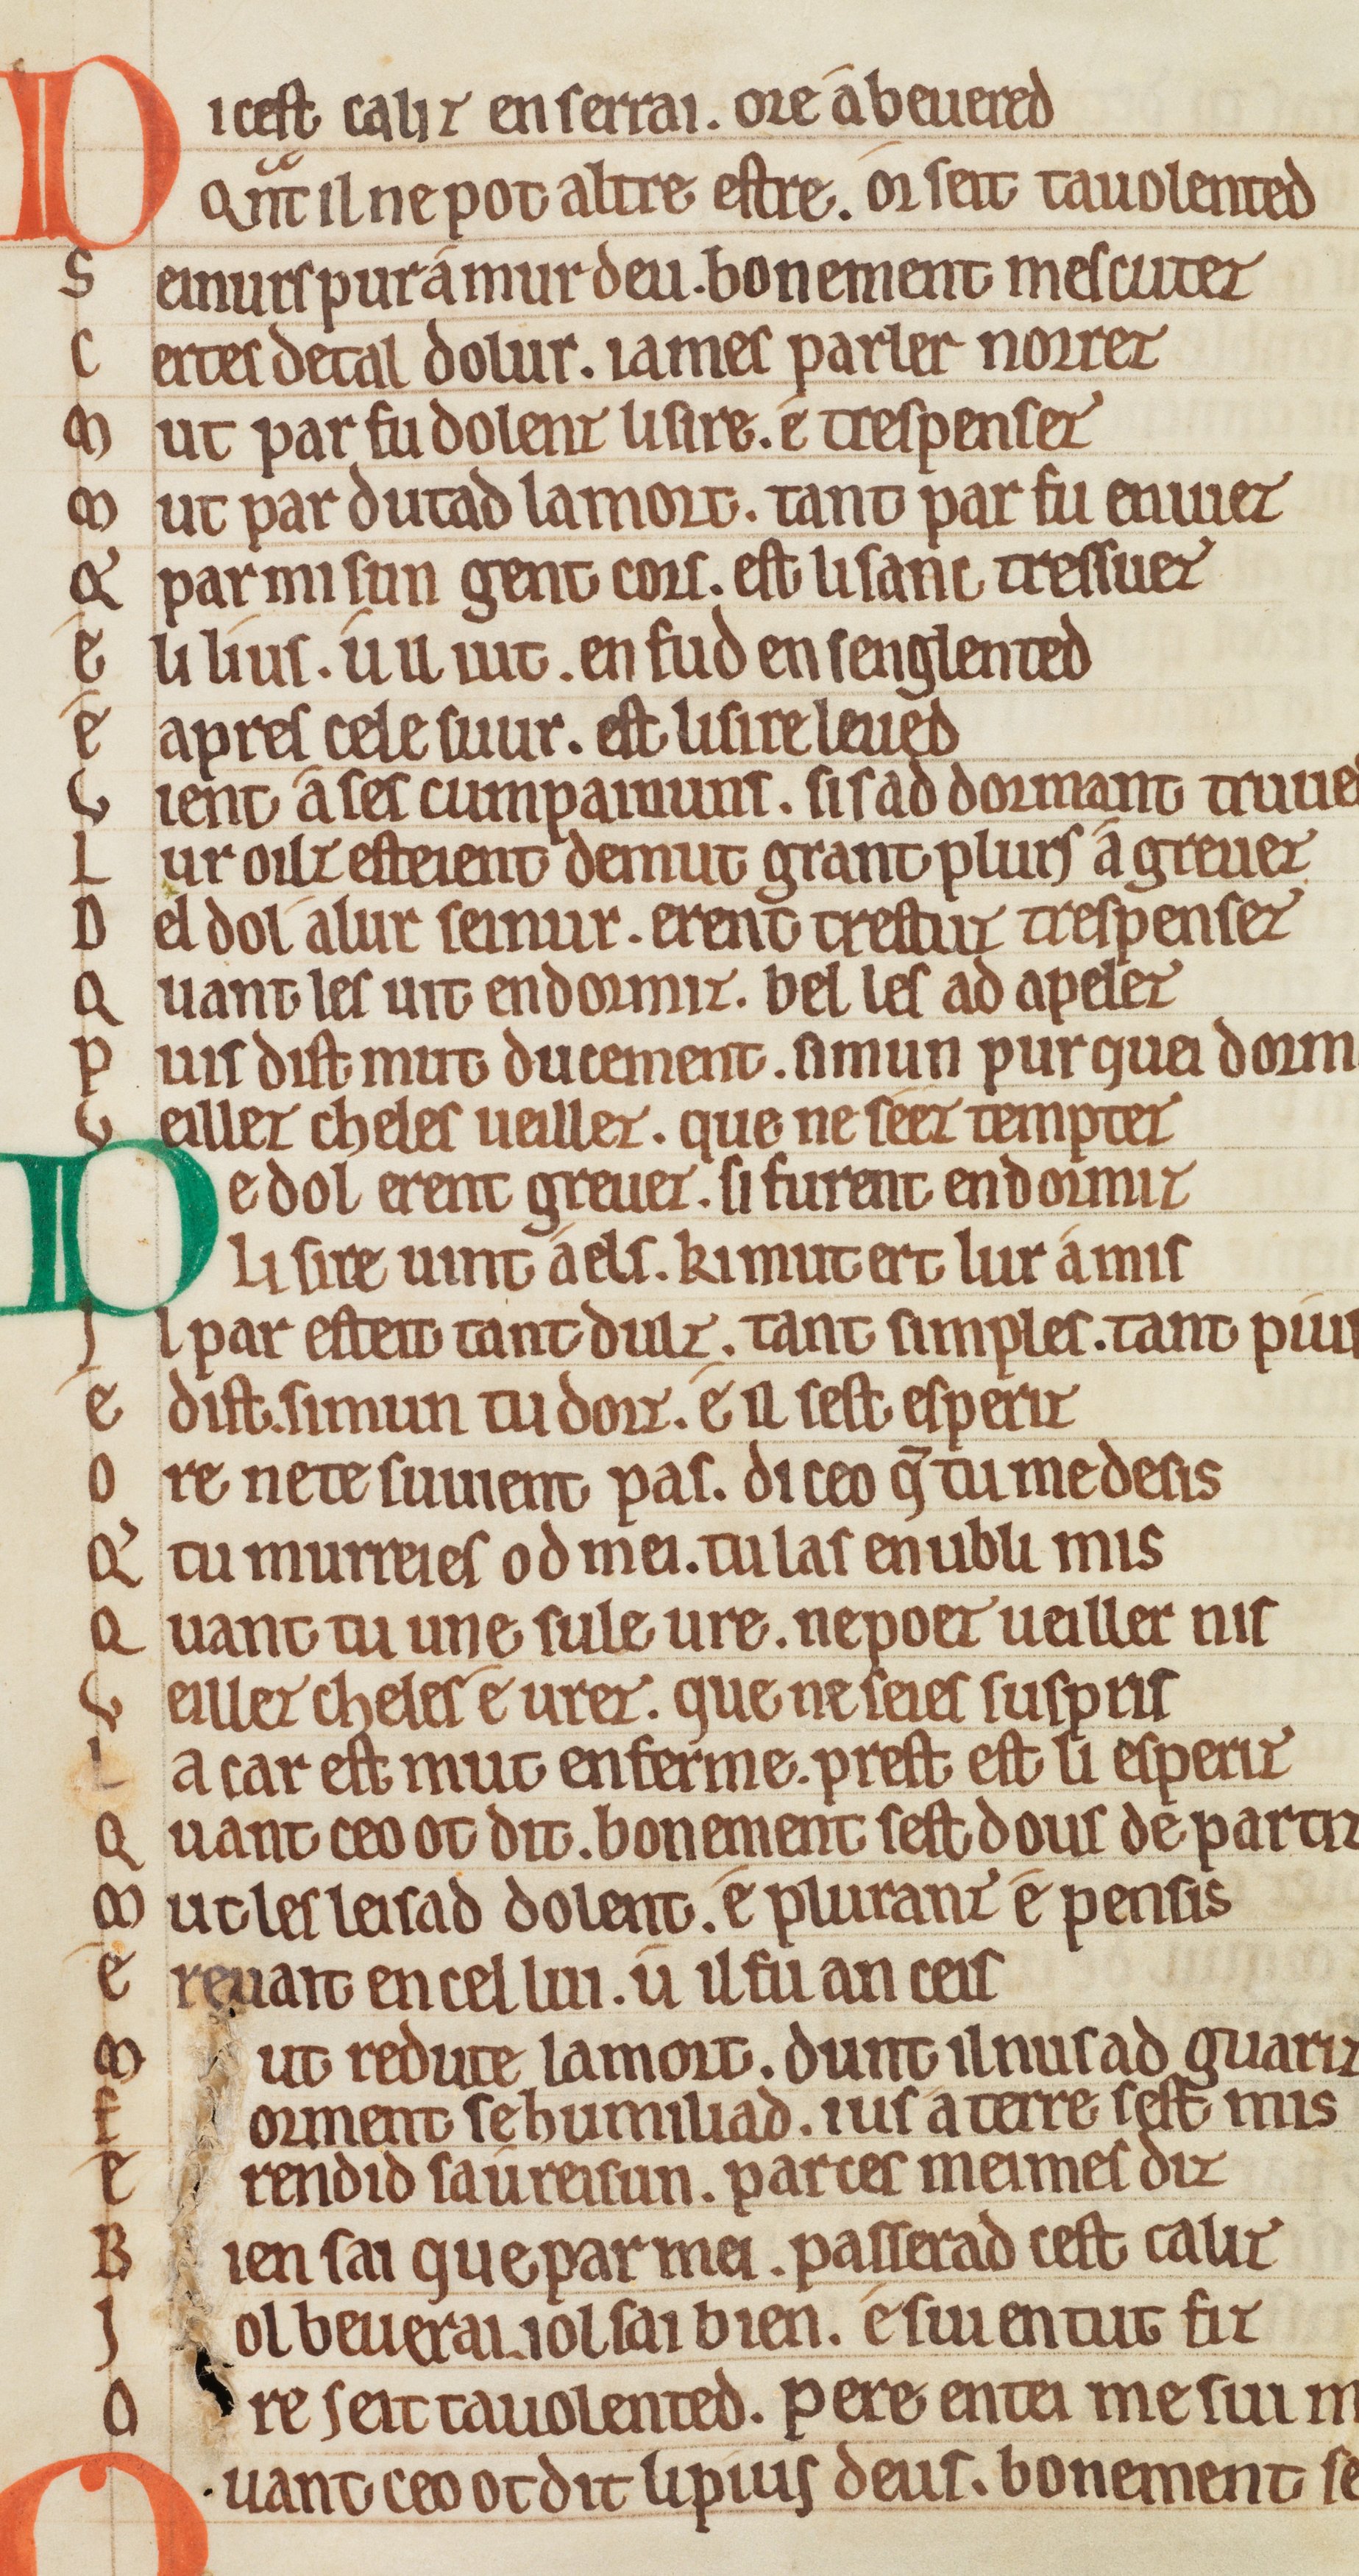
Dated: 1175–1199